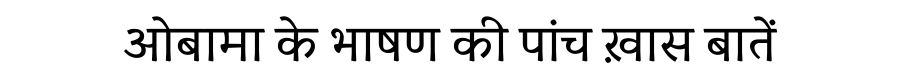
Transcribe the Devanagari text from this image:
ओबामा के भाषण की पांच ख़ास बातें